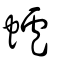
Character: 蠦